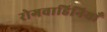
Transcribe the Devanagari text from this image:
रोगवाहिनियाँ